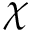
\chi